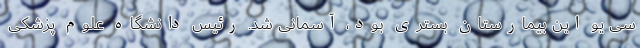
سی یو این بیمارستان بستری بود، آسمانی شد. رئیس دانشگاه علوم پزشکی